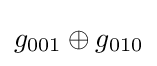
g_{001}\oplus g_{010}